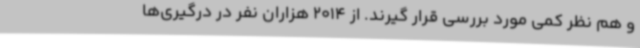
و هم نظر کمی مورد بررسی قرار گیرند. از 2014 هزاران نفر در درگیری‌ها